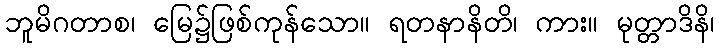
ဘူမိဂတာစ၊ မြေ၌ဖြစ်ကုန်သော။ ရတနာနိတိ၊ ကား။ မုတ္တာဒိနိ၊